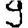
Digit: 9